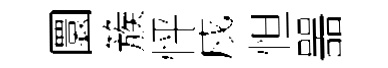
圜簇怦戍怛噐